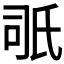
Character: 𣱇